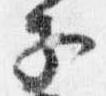
子